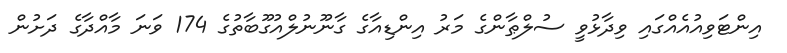
އިންޓަވިއުއެއްގައި ވިދާޅުވީ ސުލްޠާންގެ މަރު އިންޑިއާގެ ގާނޫނުލްއުގޫބާތުގެ 174 ވަނަ މާއްދާގެ ދަށުން